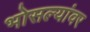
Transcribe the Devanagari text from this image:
भोसल्यांवर